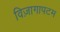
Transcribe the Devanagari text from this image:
विज़ागापटम